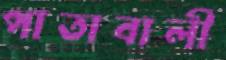
পাতাবালী